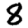
Digit: 8